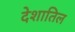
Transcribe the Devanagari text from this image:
देशातिल